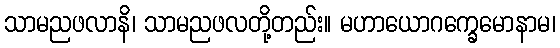
သာမညဖလာနိ၊ သာမညဖလတို့တည်း။ မဟာယောဂက္ခေမောနာမ၊